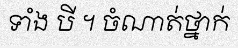
ទាំង បី ។ ចំណាត់ថ្នាក់